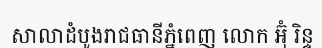
សាលាដំបូងរាជធានីភ្នំពេញ លោក អ៊ុំ រិន្ទ